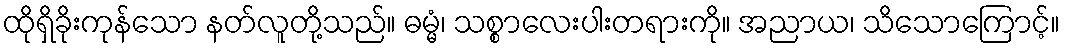
ထိုရှိခိုးကုန်သော နတ်လူတို့သည်။ ဓမ္မံ၊ သစ္စာလေးပါးတရားကို။ အညာယ၊ သိသောကြောင့်။